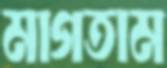
মাগতাম